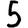
Digit: 5